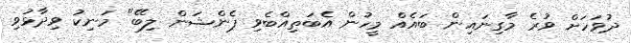
ދުވަހަށް ވުރެ މާގިނައިން ބައެއް މީހުން އެބަތިއްބެވި ޕެންޝަން ލިބޭ" މަނިކު ވިދާޅުވި